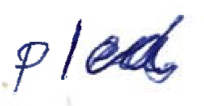
Text: plea
Cross-out: clean
Writing tool: ballpoint